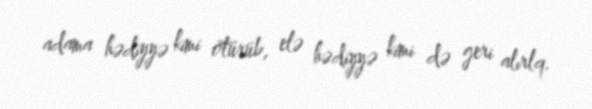
adama hədiyyə kimi ötürüb, elə hədiyyə kimi də geri alırlq.